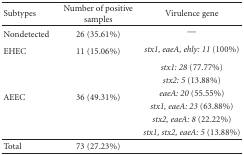
| Subtypes | Number of positive samples | Virulence gene |
 | --- | --- | --- |
 | Nondetected | 26 (35.61%) | — |
 | EHEC | 11 (15.06%) | stx1, eaeA, ehly: 11 (100%) |
 | <ROWSPAN=6> AEEC | <ROWSPAN=6> 36 (49.31%) | stx1: 28 (77.77%) |
 | stx2: 5 (13.88%) |
 | eaeA: 20 (55.55%) |
 | stx1, eaeA: 23 (63.88%) |
 | stx2, eaeA: 8 (22.22%) |
 | stx1, stx2, eaeA: 5 (13.88%) |
 | Total | 73 (27.23%) |  |